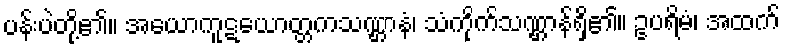
ပန်းပဲတို့၏။ အယောကူဋယောတ္တကသဏ္ဌာနံ၊ သံကိုက်သဏ္ဌာန်ရှိ၏။ ဥပရိမံ၊ အထက်